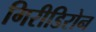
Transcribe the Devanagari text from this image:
गिरीडिरोन